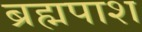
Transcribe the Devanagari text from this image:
ब्रह्मपाश